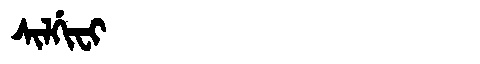
Manchu: ᠰᡳᠯᡤᡳᠸᡳ
Romanization: SILGIFI